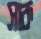
সাক